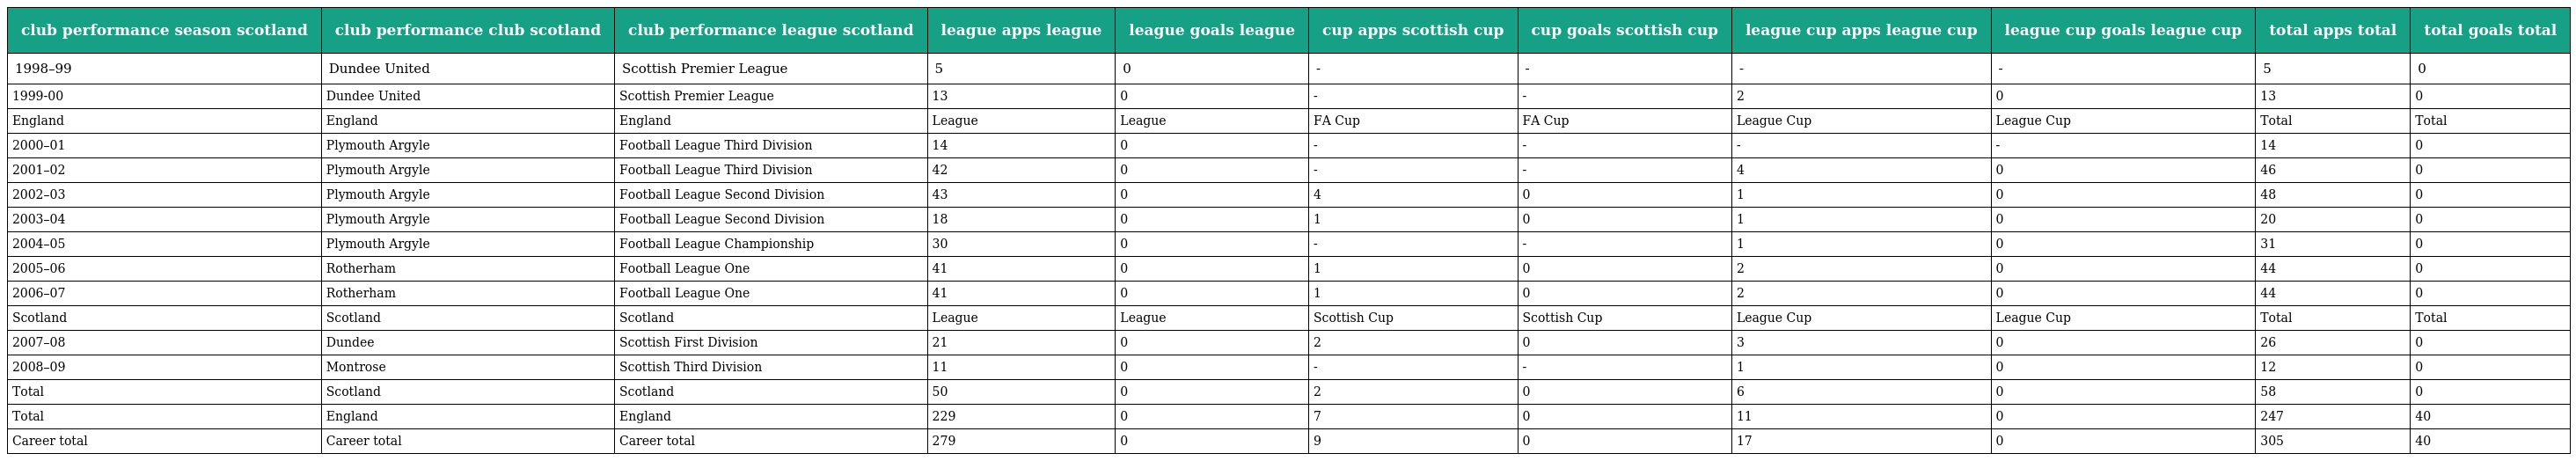
| club performance season scotland | club performance club scotland | club performance league scotland | league apps league | league goals league | cup apps scottish cup | cup goals scottish cup | league cup apps league cup | league cup goals league cup | total apps total | total goals total |
 | --- | --- | --- | --- | --- | --- | --- | --- | --- | --- | --- |
 | 1998–99 | Dundee United | Scottish Premier League | 5 | 0 | - | - | - | - | 5 | 0 |
 | 1999-00 | Dundee United | Scottish Premier League | 13 | 0 | - | - | 2 | 0 | 13 | 0 |
 | England | England | England | League | League | FA Cup | FA Cup | League Cup | League Cup | Total | Total |
 | 2000–01 | Plymouth Argyle | Football League Third Division | 14 | 0 | - | - | - | - | 14 | 0 |
 | 2001–02 | Plymouth Argyle | Football League Third Division | 42 | 0 | - | - | 4 | 0 | 46 | 0 |
 | 2002–03 | Plymouth Argyle | Football League Second Division | 43 | 0 | 4 | 0 | 1 | 0 | 48 | 0 |
 | 2003–04 | Plymouth Argyle | Football League Second Division | 18 | 0 | 1 | 0 | 1 | 0 | 20 | 0 |
 | 2004–05 | Plymouth Argyle | Football League Championship | 30 | 0 | - | - | 1 | 0 | 31 | 0 |
 | 2005–06 | Rotherham | Football League One | 41 | 0 | 1 | 0 | 2 | 0 | 44 | 0 |
 | 2006–07 | Rotherham | Football League One | 41 | 0 | 1 | 0 | 2 | 0 | 44 | 0 |
 | Scotland | Scotland | Scotland | League | League | Scottish Cup | Scottish Cup | League Cup | League Cup | Total | Total |
 | 2007–08 | Dundee | Scottish First Division | 21 | 0 | 2 | 0 | 3 | 0 | 26 | 0 |
 | 2008–09 | Montrose | Scottish Third Division | 11 | 0 | - | - | 1 | 0 | 12 | 0 |
 | Total | Scotland | Scotland | 50 | 0 | 2 | 0 | 6 | 0 | 58 | 0 |
 | Total | England | England | 229 | 0 | 7 | 0 | 11 | 0 | 247 | 40 |
 | Career total | Career total | Career total | 279 | 0 | 9 | 0 | 17 | 0 | 305 | 40 |